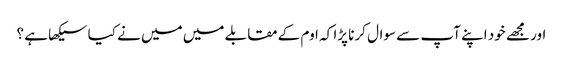
اور مجھے خود اپنے آپ سے سوال کرنا پڑا کہ اوم کے مقابلے میں میں نے کیا سیکھا ہے ؟